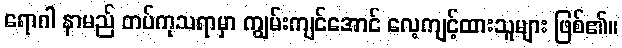
ရောဂါ နာမည် တပ်ကုသရာမှာ ကျွမ်းကျင်အောင် လေ့ကျင့်ထားသူများ ဖြစ်၏။